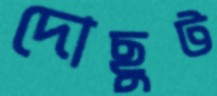
দোছুট